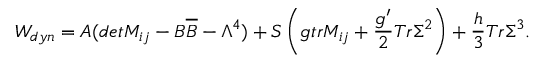
W _ { d y n } = A ( d e t M _ { i j } - B \overline { { { B } } } - \Lambda ^ { 4 } ) + S \left( g t r M _ { i j } + \frac { g ^ { \prime } } { 2 } T r \Sigma ^ { 2 } \right) + \frac { h } { 3 } T r \Sigma ^ { 3 } .